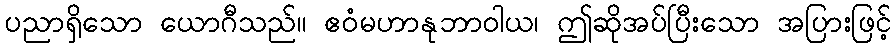
ပညာရှိသော ယောဂီသည်။ ဧဝံမဟာနုဘာဝါယ၊ ဤဆိုအပ်ပြီးသော အပြားဖြင့်